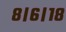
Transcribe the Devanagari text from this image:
८।६।१८